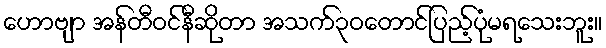
ဟောဗျာ အန်တီဝင်နီဆိုတာ အသက်၃ဝတောင်ပြည့်ပုံမရသေးဘူး။